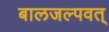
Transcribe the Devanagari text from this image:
बालजल्पवत्